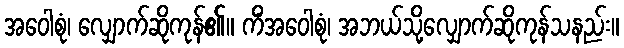
အဝေါစုံ၊ လျှောက်ဆိုကုန်၏။ ကိံအဝေါစုံ၊ အဘယ်သို့လျှောက်ဆိုကုန်သနည်း။